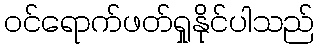
ဝင်ရောက်ဖတ်ရှုနိုင်ပါသည်